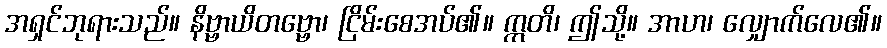
အရှင်ဘုရားသည်။ နိဗ္ဗာယိတဗ္ဗော၊ ငြိမ်းစေအပ်၏။ ဣတိ၊ ဤသို့။ အာဟ၊ လျှောက်လေ၏။